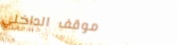
موقف الداخلي